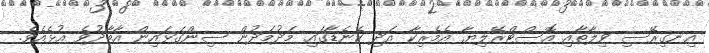
އިނގިރޭސި ވިލާތާއި އޮސްޓްރޭލިޔާ އެމެރިކާ އަދި ކެނެޑާގައި މަދުމަދުން ސިންގަޅައިން އާބާދުވެ އުޅެއެވެ.